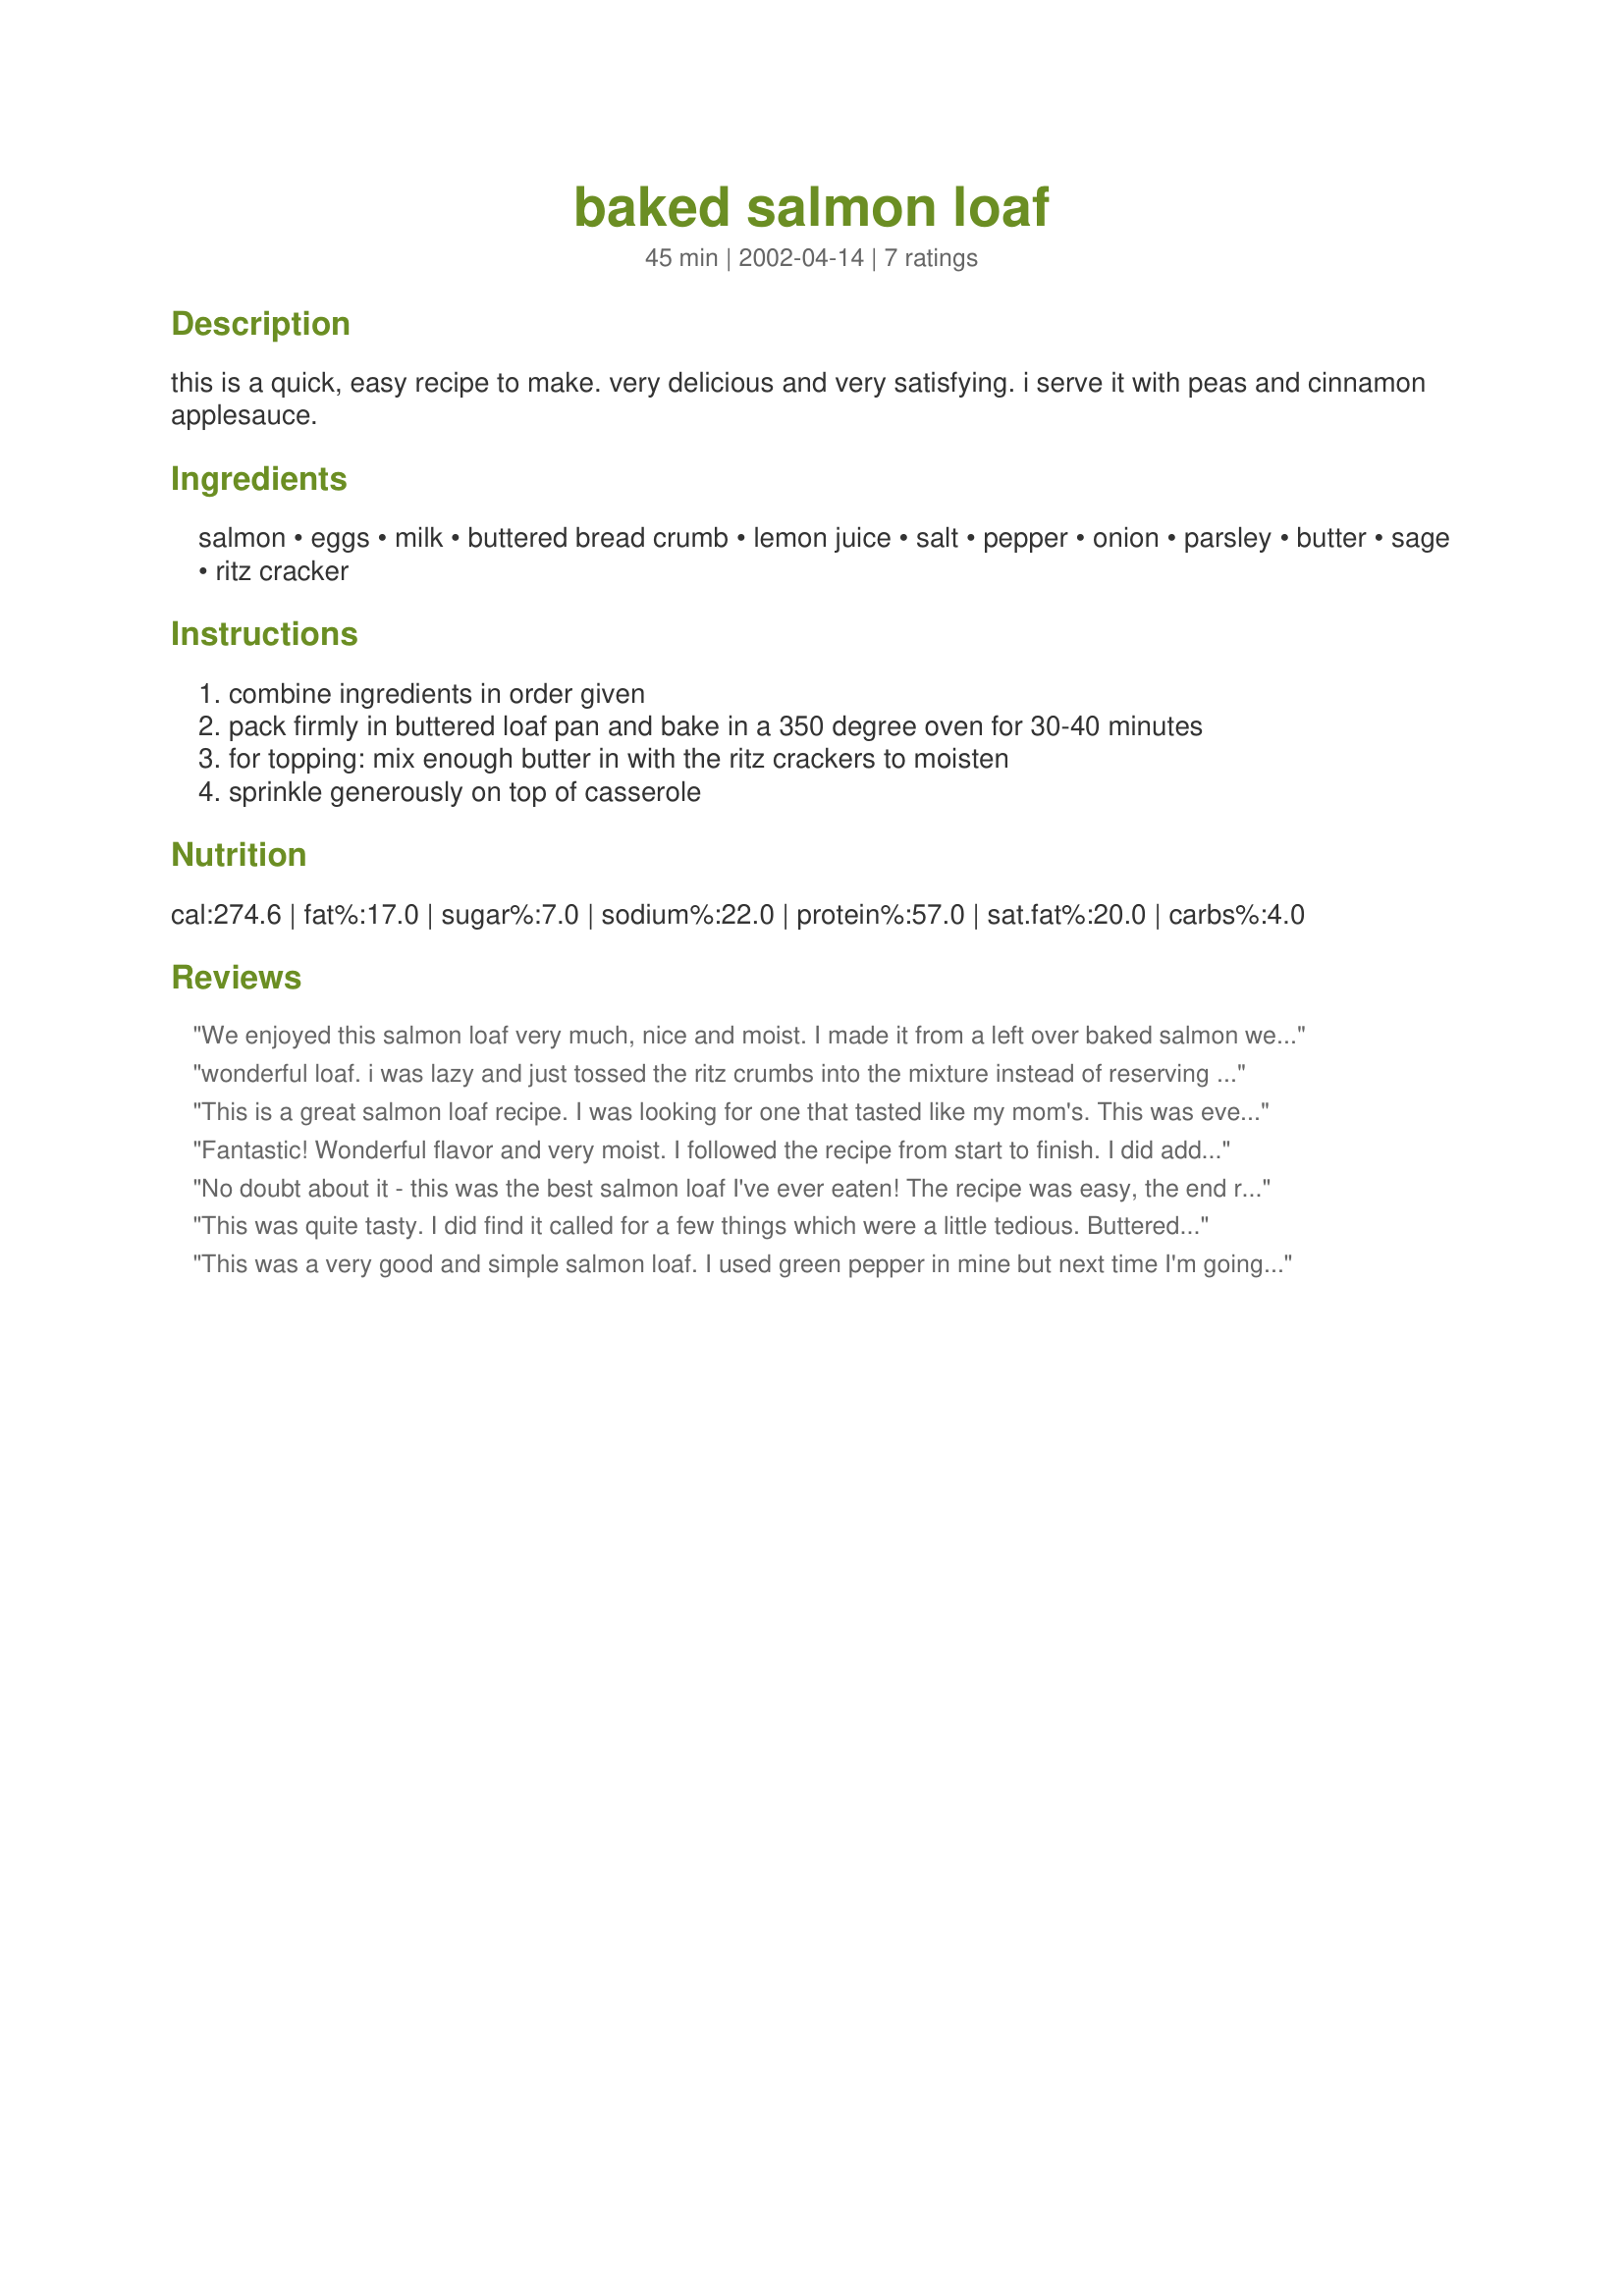
baked salmon loaf
Preparation time: 45 minutes

this is a quick, easy recipe to make. very delicious and very satisfying. i serve it with peas and cinnamon applesauce.

Ingredients:
salmon, eggs, milk, buttered bread crumb, lemon juice, salt, pepper, onion, parsley, butter, sage, ritz cracker

Steps:
combine ingredients in order given, pack firmly in buttered loaf pan and bake in a 350 degree oven for 30-40 minutes, for topping: mix enough butter in with the ritz crackers to moisten, sprinkle generously on top of casserole

Reviews:
We enjoyed this salmon loaf very much, nice and moist. I made it from a left over baked salmon we had instead of canned. Turned out great. I did double the lemon juice and changed the sage to dill, personal preference. We also left the crackers off the top, didn't really need it, and i wanted to try a chopped egg sauce i found by Lorac. It did go very nicely with your salmon loaf. Thanks for sharing, it was very good.
wonderful loaf. i was lazy and just tossed the ritz crumbs into the mixture instead of reserving it for a topping. it made the texture that much better so i wish i had added more. my husband has asked me to make this for him again. thanks for the recipe.
This is a great salmon loaf recipe. I was looking for one that tasted like my mom's. This was even better. I didn't put the cracker topping on and was pleasantly surprised at the unique taste of the sage. This is definitely added to our list of regular recipes.
Thanks!
Fantastic! Wonderful flavor and very moist. I followed the recipe from start to finish. I did add dill rather than sage due to personal preference (I may try the sage next time as I am curious) and I did use fresh grilled salmon because that&#039;s what I had on hand and wanted to use up before it went bad. I topped it off with a hard boiled egg white sauce because that&#039;s how my Mom always served it, but I did try the salmon loaf on its own and it was spectacular. I enjoyed the bit of crunch from adding the topping, and I liked the flavor and texture the buttered crumbs added to the final product. I will say that the mixture seemed a bit wet when I put it in the dish before baking, but after 35 minutes I had a lovely browned and well held together salmon loaf with delicious flavor and perfect moistness. Simply delightful!
No doubt about it - this was the best salmon loaf I've ever eaten! The recipe was easy, the end result moist & delicious. I combined some BBQ'd smoked salmon leftovers with a small tin of salmon; since the instructions didn't indicate what to do with the juice from the tin, I opted to include it in the mixture. I used dried parsley & included the sage but skipped the topping. Served along with a tossed salad & my own garlic mayo, we enjoyed a tasty, healthy meal. Thanx dojemi!
This was quite tasty. I did find it called for a few things which were a little tedious. Buttered bread crumbs for example. The extra butter at the end--unnecessary. The fish is oily as it is, so the bread crumbs alone will be fine next time, in addition to not adding the last melted butter. I used egg replacer, non-hydrogenated margarine, and soymilk. Next time I will add less salt, more pepper, more sage. This time I used dried parsley also, next time fresh (maybe fresh sage too). I'll probably use shallots next time too, instead of regular onions, and minced fine. Didn't use a topping and didn't cover it. Because the fish, again, is oily, no topping or cover is needed, nor is any sauce. The loaf gets a nice crispy little curst on it. Next time I might try a free form loaf on a cookie sheet, as I did find it a tad difficult to get pieces out of the loaf pan, but then that could be because I could've cooked it longer and/or because I used non-dairy substitutes.
This was a very good and simple salmon loaf. I used green pepper in mine but next time I'm going to try the parsley. Thanks for posting.
